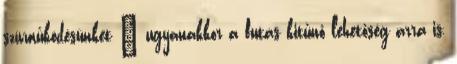
szívműködésünket – ugyanakkor a futás kitűnő lehetőség arra is,